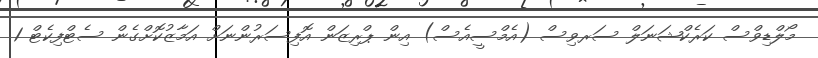
މޯލްޑިވްސް ކަރެކްޝަނަލް ސަރވިސް (އެމްސީއެސް) އިން ޕްރިޒަން އޮފިސަރުންނަށް އަމާޒުކޮށްގެން ސެޓްފިކެޓް 1